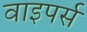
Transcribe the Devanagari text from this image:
वाइपर्स